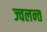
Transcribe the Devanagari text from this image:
ज्‍वलन्‍त